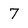
Character: 7